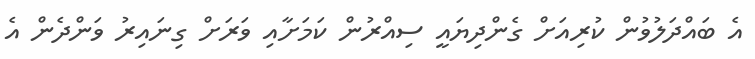
އެ ބައްދަލުވުން ކުރިއަށް ގެންދިޔައީ ސިއްރުން ކަމަށާއި ވަރަށް ގިނައިރު ވަންދެން އެ